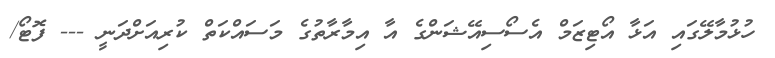
ހުޅުމާލޭގައި އަޅާ އޯޓިޒަމް އެސޯސިއޭޝަންގެ އާ އިމާރާތުގެ މަސައްކަތް ކުރިއަށްދަނީ --- ފޮޓޯ/